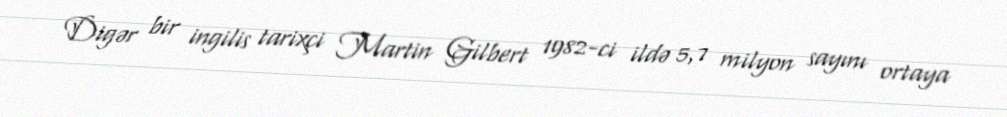
Digər bir ingilis tarixçi Martin Gilbert 1982-ci ildə 5,7 milyon sayını ortaya